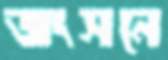
জংসনে